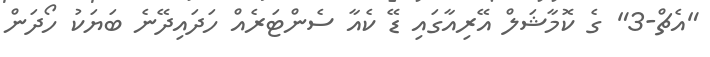
"އެޗް-3" ގެ ކޮމާޝަލް އޭރިއާގައި ޑޭ ކެއާ ސެންޓަރެއް ހަދައިދޭނެ ބަޔަކު ހޯދަން